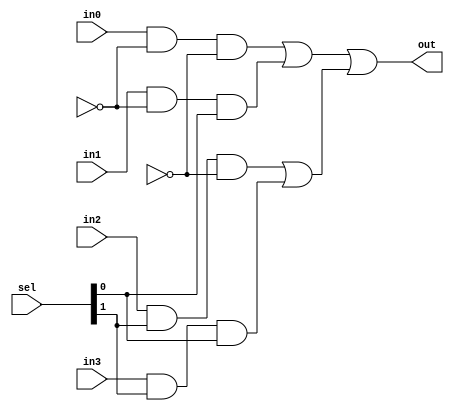
`timescale 1ns/100ps

module Mux4to1_1b (in0, in1, in2, in3, sel, out);

input	in0, in1, in2, in3;
input [1:0] sel;
output	out;

wire s0p, s1p, w3, w4, w5, w6, w7, w8;


not inv1(s0p, s0);

not inv2(s1p, s1);



and and1(w3, in0, s1p, s0p);

and and2(w4, in1, s1p, sel[0]);

or or1(w7, w3, w4);



and and3(w5, in2, sel[1], s0p);

and and4(w6, in3, sel[1], sel[0]);

or or2(w8, w5, w6);


or or3(out, w7, w8);


endmodule 


module Mux4to1_8b (in0, in1, in2, in3, sel, out);

input [7:0] in0, in1, in2, in3;
input [1:0] sel;
output [7:0] out;


Mux4to1_1b mux_b0 (in0[0], in1[0], in2[0], in3[0], sel, out[0]);
Mux4to1_1b mux_b1 (in0[1], in1[1], in2[1], in3[1], sel, out[1]);
Mux4to1_1b mux_b2 (in0[2], in1[2], in2[2], in3[2], sel, out[2]);
Mux4to1_1b mux_b3 (in0[3], in1[3], in2[3], in3[3], sel, out[3]);
Mux4to1_1b mux_b4 (in0[4], in1[4], in2[4], in3[4], sel, out[4]);
Mux4to1_1b mux_b5 (in0[5], in1[5], in2[5], in3[5], sel, out[5]);
Mux4to1_1b mux_b6 (in0[6], in1[6], in2[6], in3[6], sel, out[6]);
Mux4to1_1b mux_b7 (in0[7], in1[7], in2[7], in3[7], sel, out[7]);




endmodule